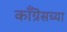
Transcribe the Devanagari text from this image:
काँग्रॆसच्या